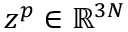
z ^ { p } \in \mathbb { R } ^ { 3 N }